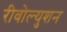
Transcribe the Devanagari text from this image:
रीवोल्युशन